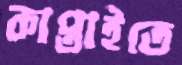
কাপ্তাইতে